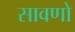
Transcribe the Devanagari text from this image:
सावणो